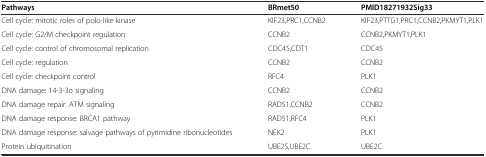
| Pathways | BRmet50 | PMID18271932Sig33 |
 | --- | --- | --- |
 | Cell cycle: mitotic roles of polo-like kinase | KIF23,PRC1,CCNB2 | KIF23,PTTG1,PRC1,CCNB2,PKMYT1,PLK1 |
 | Cell cycle: G2/M checkpoint regulation | CCNB2 | CCNB2,PKMYT1,PLK1 |
 | Cell cycle: control of chromosomal replication | CDC45,CDT1 | CDC45 |
 | Cell cycle: regulation | CCNB2 | CCNB2 |
 | Cell cycle: checkpoint control | RFC4 | PLK1 |
 | DNA damage: 14-3-3σ signaling | CCNB2 | CCNB2 |
 | DNA damage repair: ATM signaling | RAD51,CCNB2 | CCNB2 |
 | DNA damage response: BRCA1 pathway | RAD51,RFC4 | PLK1 |
 | DNA damage response: salvage pathways of pyrimidine ribonucleotides | NEK2 | PLK1 |
 | Protein ubiquitination | UBE2S,UBE2C | UBE2C |